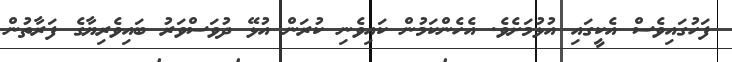
ފަހުގައިވެސް އެކީގައި އުޅުމަށެވެ. އެހެންކަމުން ކައިވެނި ކުރަން އުޅޭ ދުވަސްވަރު ބައިވެރިޔާގެ ފަރާތުން